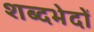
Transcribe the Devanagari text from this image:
शब्दभेदों